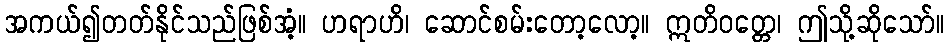
အကယ်၍တတ်နိုင်သည်ဖြစ်အံ့။ ဟရာဟိ၊ ဆောင်စမ်းတော့လော့။ ဣတိဝတ္တေ၊ ဤသို့ဆိုသော်။